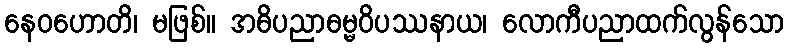
နေဝဟောတိ၊ မဖြစ်။ အဓိပညာဓမ္မဝိပဿနာယ၊ လောကီပညာထက်လွန်သော